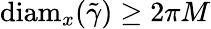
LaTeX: \mathrm{diam}_{x}(\tilde{\gamma})\ge 2\pi M